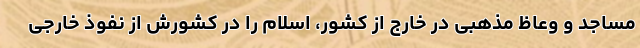
مساجد و وعاظ مذهبی در خارج از کشور، اسلام را در کشورش از نفوذ خارجی